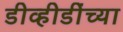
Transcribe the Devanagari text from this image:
डीव्हीडींच्या